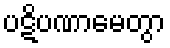
ပဋိပဏာမေတွာ